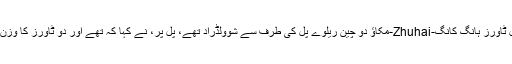
لیو ہونگٹاؤ کہ وہاں 5 سٹیل ٹاورز ہانگ کانگ-Zhuhai-مکاؤ دو چین ریلوے پل کی طرف سے شوولڈراد تھے، پُل پر، نے کہا کہ تھے اور دو ٹاورز کا وزن 4000 ٹن سے زائد تھی ۔